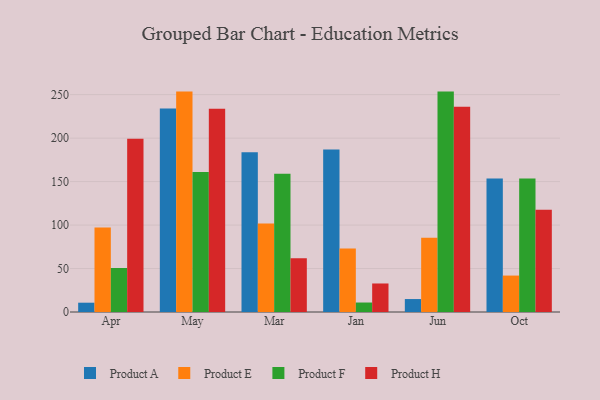
{"axis": {"x": "Month", "y": "Shipments"}, "legend": ["Product A", "Product E", "Product F", "Product H"], "data": [{"x": "Apr", "y": 10.7, "type": "Product A"}, {"x": "Apr", "y": 97.1, "type": "Product E"}, {"x": "Apr", "y": 50.6, "type": "Product F"}, {"x": "Apr", "y": 199.3, "type": "Product H"}, {"x": "May", "y": 234.2, "type": "Product A"}, {"x": "May", "y": 253.5, "type": "Product E"}, {"x": "May", "y": 161.0, "type": "Product F"}, {"x": "May", "y": 233.8, "type": "Product H"}, {"x": "Mar", "y": 183.7, "type": "Product A"}, {"x": "Mar", "y": 101.8, "type": "Product E"}, {"x": "Mar", "y": 158.9, "type": "Product F"}, {"x": "Mar", "y": 61.7, "type": "Product H"}, {"x": "Jan", "y": 186.8, "type": "Product A"}, {"x": "Jan", "y": 73.0, "type": "Product E"}, {"x": "Jan", "y": 10.9, "type": "Product F"}, {"x": "Jan", "y": 32.8, "type": "Product H"}, {"x": "Jun", "y": 14.9, "type": "Product A"}, {"x": "Jun", "y": 85.5, "type": "Product E"}, {"x": "Jun", "y": 253.5, "type": "Product F"}, {"x": "Jun", "y": 236.1, "type": "Product H"}, {"x": "Oct", "y": 153.6, "type": "Product A"}, {"x": "Oct", "y": 41.9, "type": "Product E"}, {"x": "Oct", "y": 153.5, "type": "Product F"}, {"x": "Oct", "y": 117.6, "type": "Product H"}]}